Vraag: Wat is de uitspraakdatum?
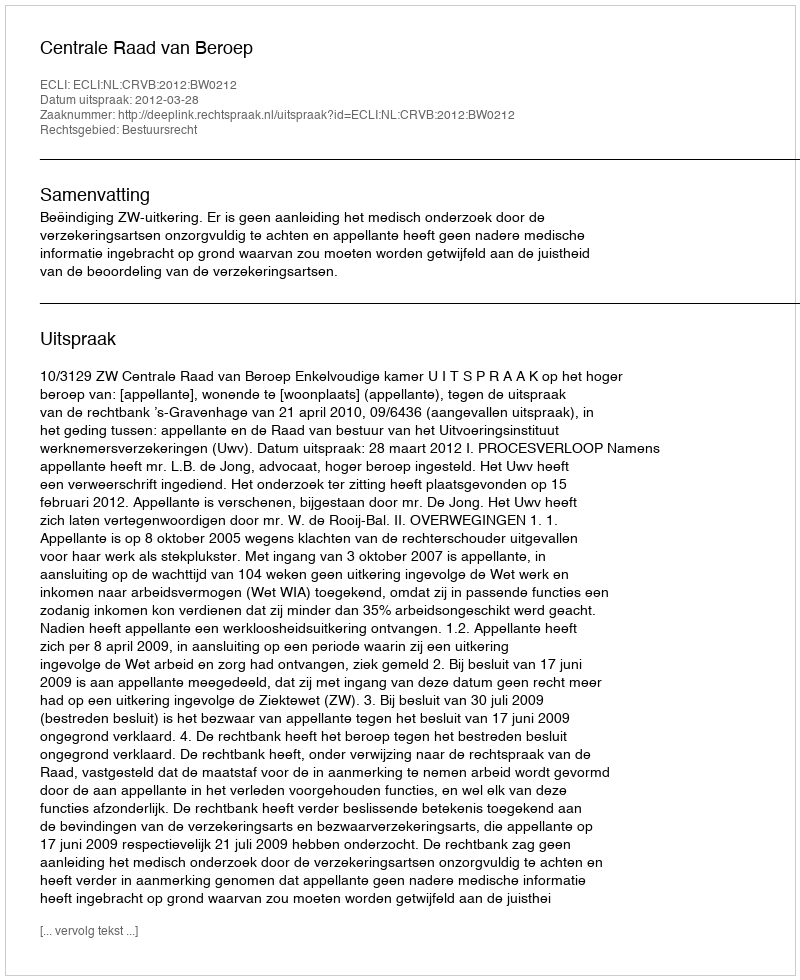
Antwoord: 2012-03-28